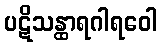
ပဋိသန္ထာရဂါရဝေါ